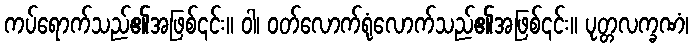
ကပ်ရောက်သည်၏အဖြစ်၎င်း။ ဝါ၊ ဝတ်လောက်ရုံလောက်သည်၏အဖြစ်၎င်း။ ပုတ္တလက္ခဏံ၊